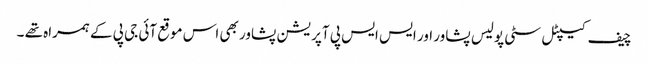
چیف کیپٹل سٹی پولیس پشاور اور ایس ایس پی آپریشن پشاور بھی اس موقع آئی جی پی کے ہمراہ تھے ۔